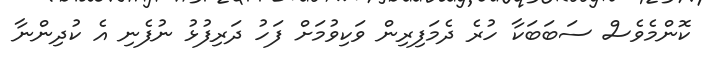
ކޮންމެވެސް ސަބަބަކާ ހުރެ ދެމަފިރިން ވަކިވުމަށް ފަހު ދަރިފުޅު ނުފެނި އެ ކުދިންނާ